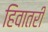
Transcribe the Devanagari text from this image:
हिवातरी